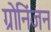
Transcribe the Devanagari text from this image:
ग्रोनिंजन